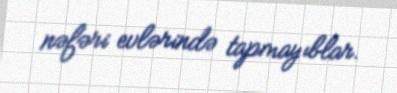
nəfəri evlərində tapmayıblar.